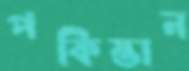
পকিস্তান